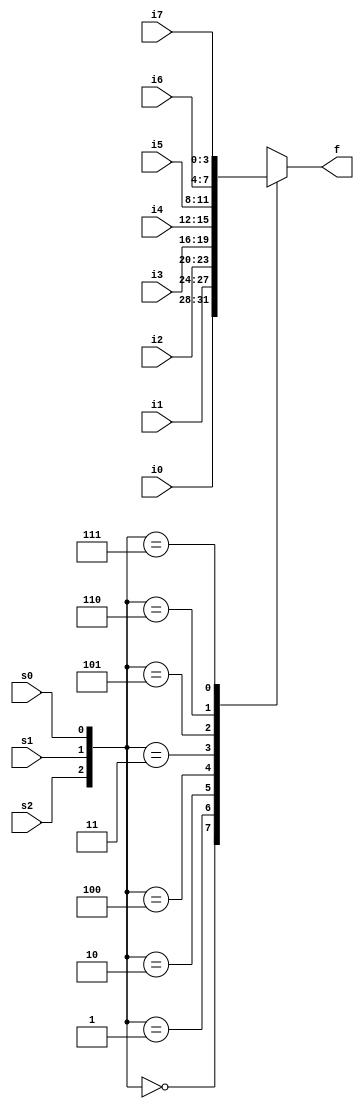
module multiplex8x1b (i0, i1, i2, i3, i4, i5, i6, i7, s2, s1, s0, f);
    
    //Declaração entradas e saidas
    input [3:0] i0, i1, i2, i3, i4, i5, i6, i7;
    input s2, s1, s0; 
    output [3:0] f;

    //Descriçõa do Cicuito - Abordagem Comportamental 
    //Always Combinacional 
    always @(i0, i1, i2, i3, i4, i5, i6, i7, s2, s1, s0)begin 
        //Estrutura Case 
        case({s2, s1, s0})
            3'b000: f = i0;
            3'b001: f = i1;
            3'b010: f = i2;
            3'b100: f = i3;
            3'b011: f = i4;
            3'b101: f = i5;
            3'b110: f = i6;
            3'b111: f = i7;

        endcase
    end

endmodule